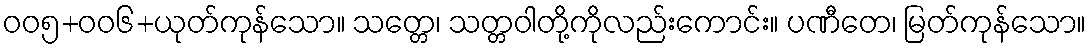
ဝဝ၅+ဝဝ၆+ယုတ်ကုန်သော။ သတ္တေ၊ သတ္တဝါတို့ကိုလည်းကောင်း။ ပဏီတေ၊ မြတ်ကုန်သော။